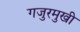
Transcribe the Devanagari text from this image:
गजुरमुखी